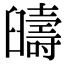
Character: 𦦰